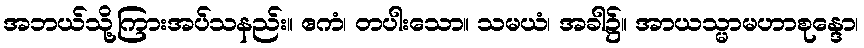
အဘယ်သို့ကြားအပ်သနည်း။ ဧကံ၊ တပါးသော။ သမယံ၊ အခါ၌။ အာယသ္မာမဟာစုန္ဒော၊